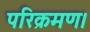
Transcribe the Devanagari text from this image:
परिक्रमण।